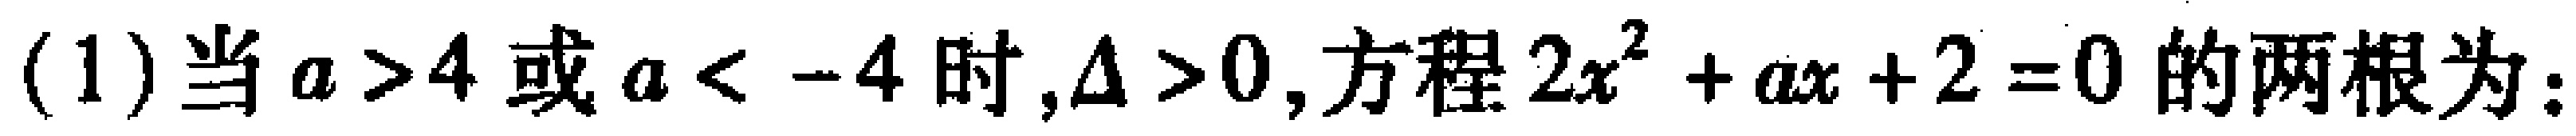
(1)当$a>4$或$a < -4$时,$\Delta>0$,方程$2x^{2}+ax + 2 = 0$的两根为：